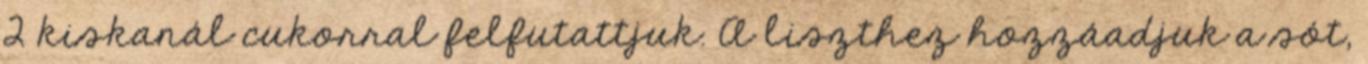
2 kiskanál cukorral felfutattjuk. A liszthez hozzáadjuk a sót,